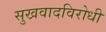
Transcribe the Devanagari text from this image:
सुखवादविरोधी